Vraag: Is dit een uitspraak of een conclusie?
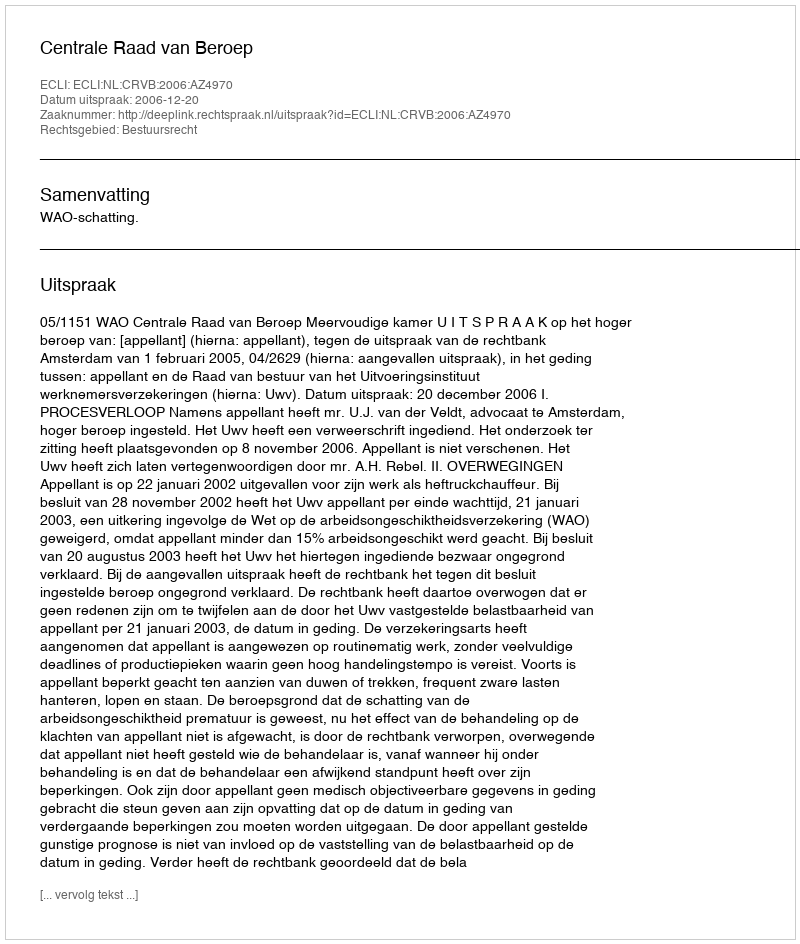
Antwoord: Uitspraak